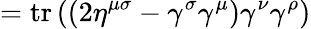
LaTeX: =\operatorname{tr}\left((2\eta^{\mu\sigma}-\gamma^{\sigma}\gamma^{\mu})\gamma^{\nu}\gamma^{\rho}\right)